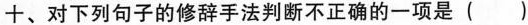
十、对下列句子的修辞手法判断不正确的一项是()